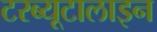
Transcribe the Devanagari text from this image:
टरब्यूटालाइन